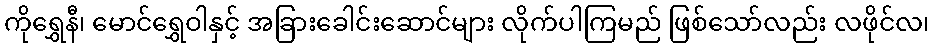
ကိုရွှေနီ၊ မောင်ရွှေဝါနှင့် အခြားခေါင်းဆောင်များ လိုက်ပါကြမည် ဖြစ်သော်လည်း လဖိုင်လ၊